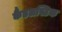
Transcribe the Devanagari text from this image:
कैंडलस्टिक